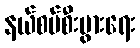
နယ်စပ်စီးပွားရေး